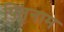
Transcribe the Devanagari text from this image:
पितृनाम